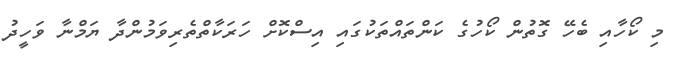
މި ކޯހާއި ބެހޭ ގޮތުން ކޯހުގެ ކަންތައްތަކުގައި އިސްކޮށް ހަރަކާތްތެރިވަމުންދާ ޔަމްނާ ވަހީދު